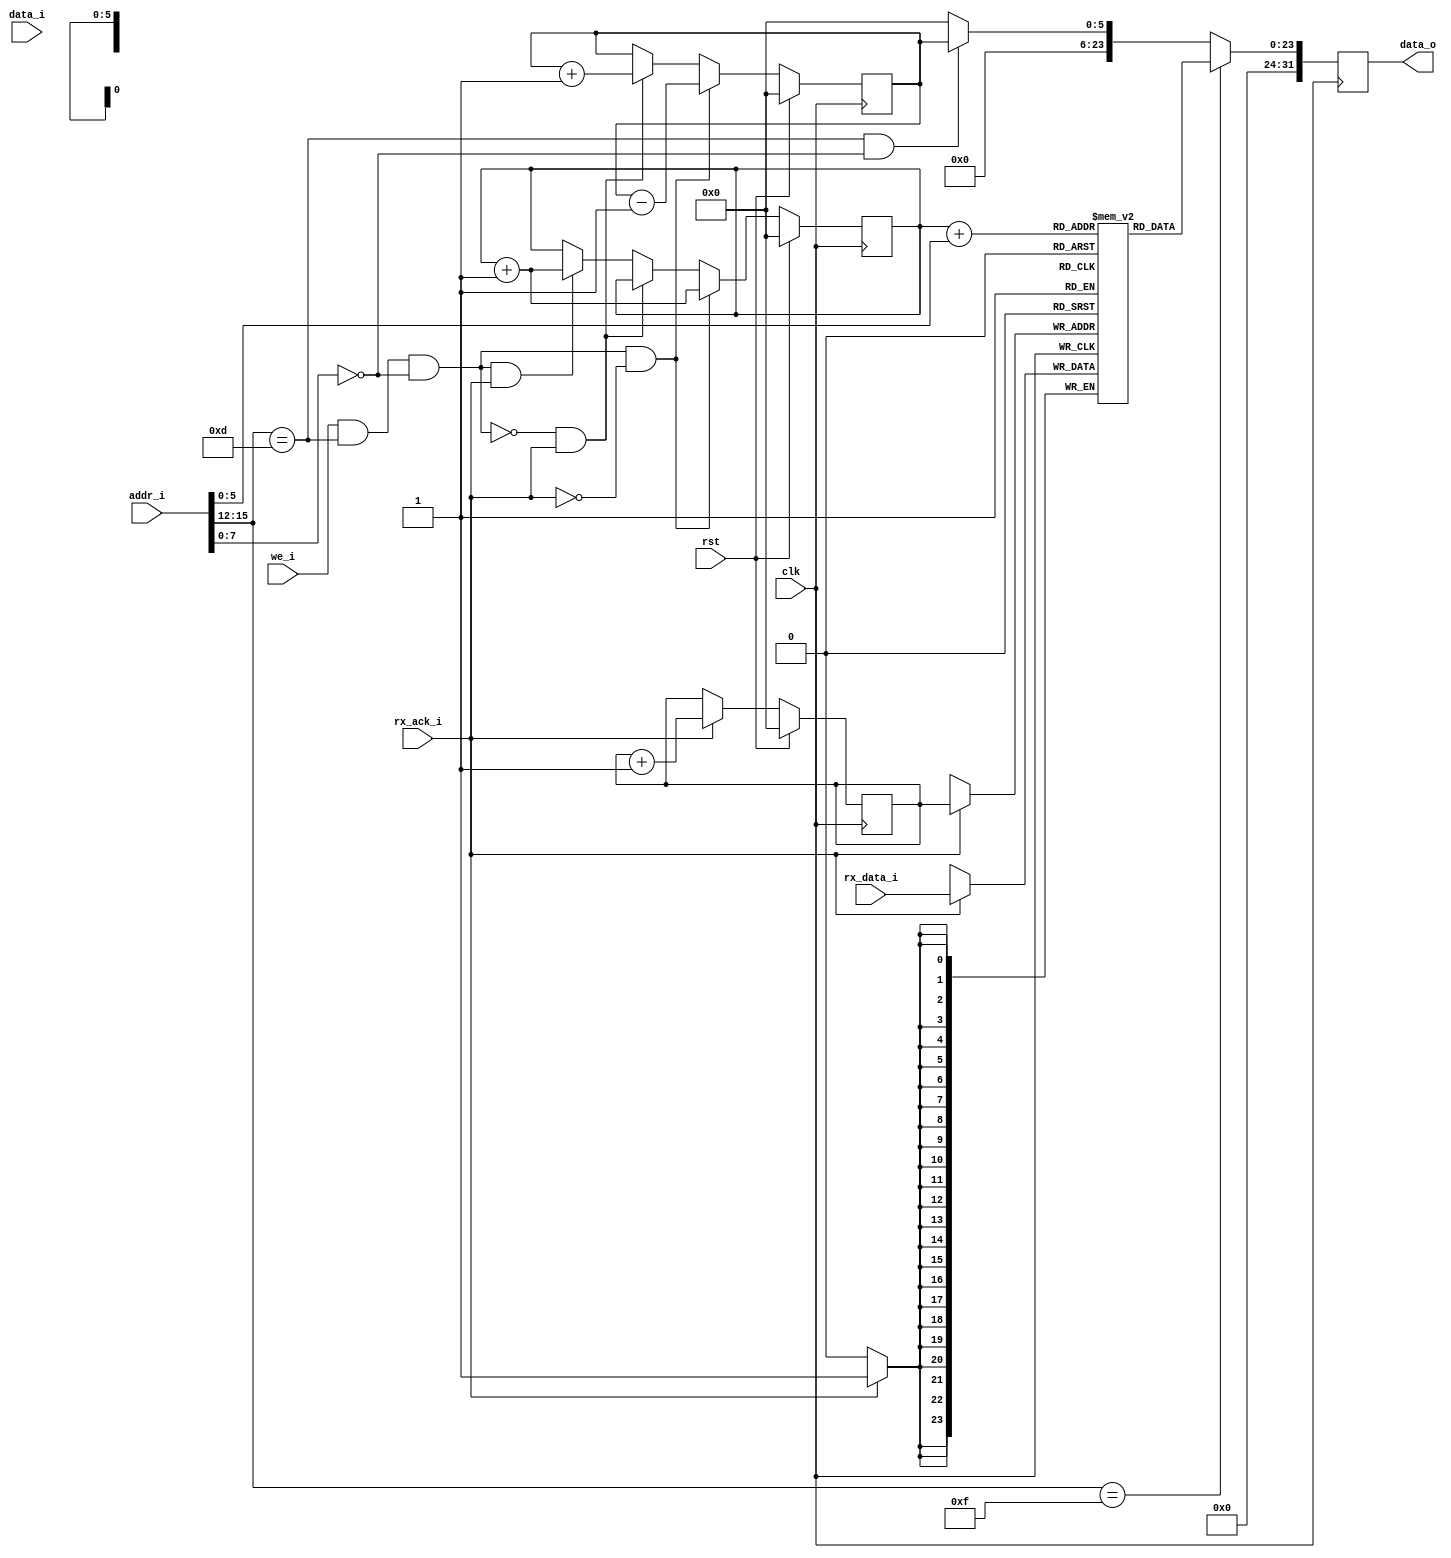
module nkmd_dai_rx(
    input wire clk,
    input wire rst,

    // dmix interface
    input wire [23:0] rx_data_i,
    input wire rx_ack_i,

    // To nkmm R bus
    input wire [31:0] data_i,
    output wire [31:0] data_o,
    input wire [31:0] addr_i,
    input wire we_i);

reg [5:0] nextw_ff;
always @(posedge clk) begin
    if (rst)
        nextw_ff <= 0;
    else if (rx_ack_i)
        nextw_ff <= nextw_ff + 1;
end

reg [23:0] ringbuf [63:0];
always @(posedge clk) begin
    if (rx_ack_i)
        ringbuf[nextw_ff] <= rx_data_i;
end

reg [5:0] unread_ff;
reg [5:0] shift_ff;
wire should_shift;
assign should_shift = we_i && addr_i[15:12] == 4'hd && addr_i[7:0] == 8'h00;
always @(posedge clk) begin
    if (rst) begin
        unread_ff <= 0;
        shift_ff <= 0;
    end else if (should_shift && !rx_ack_i) begin
        unread_ff <= unread_ff - 1;
        shift_ff <= shift_ff + 1;
    end else if (!should_shift && rx_ack_i) begin
        unread_ff <= unread_ff + 1;
    end else if (should_shift && rx_ack_i) begin
        shift_ff <= shift_ff + 1;
    end
end

// RAM interface
reg [31:0] data_o_ff;
assign data_o = data_o_ff;

// {4'hd, ch[3:0], 8'h00} => rx ringbuf unread
// {4'hf, ch[3:0], offset} => rx ringbuf
// FIXME: add ch check

wire [5:0] offset_i;
assign offset_i = addr_i[5:0];

always @(posedge clk) begin
    if (addr_i[15:12] == 4'hf)
        data_o_ff <= ringbuf[shift_ff + offset_i];
    else if (addr_i[15:12] == 4'hd && addr_i[7:0] == 8'h00)
        data_o_ff <= unread_ff;
    else
        data_o_ff <= 0;
end

endmodule